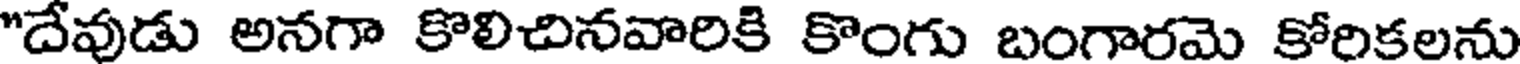
"దేవుడు అనగా కొలిచినవారికి కొంగు బంగారమె కోరికలను